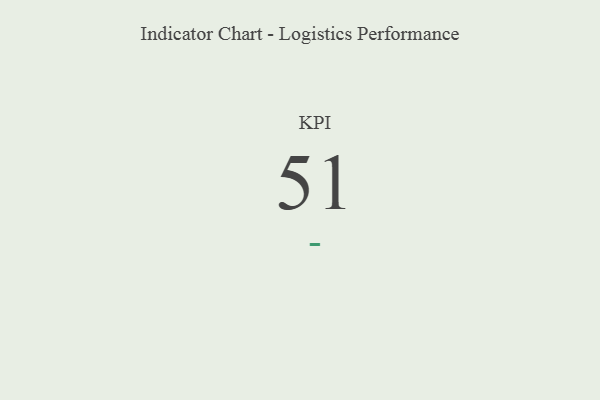
{"axis": {"x": "KPI", "y": "Value"}, "legend": [""], "data": [{"x": "KPI", "y": 51, "type": ""}]}